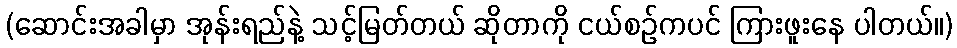
(ဆောင်းအခါမှာ အုန်းရည်နဲ့ သင့်မြတ်တယ် ဆိုတာကို ငယ်စဉ်ကပင် ကြားဖူးနေ ပါတယ်။)